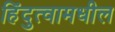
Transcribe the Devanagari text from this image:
हिंदुत्वामधील